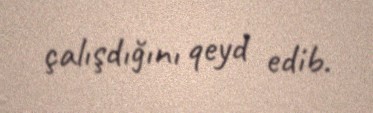
çalışdığını qeyd edib.